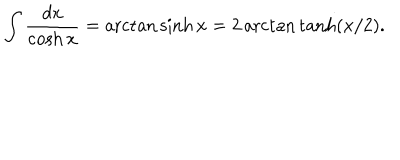
LaTeX: \displaystyle \int \displaystyle \frac { d x } { \cosh x } = \operatorname { a r c t a n } \sinh x = 2 \operatorname { a r c t a n } \tanh ( x / 2 ) .